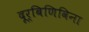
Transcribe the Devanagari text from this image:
दूर्बिणिविना